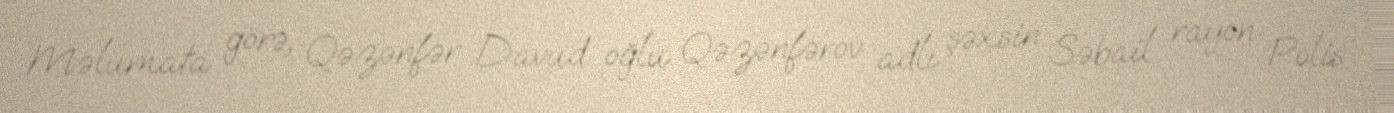
Məlumata görə, Qəzənfər Davud oğlu Qəzənfərov adlı şəxsin Səbail rayon Polis